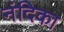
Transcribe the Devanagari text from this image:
नंदिका